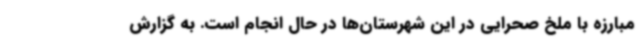
مبارزه با ملخ صحرایی در این شهرستان‌ها در حال انجام است. به گزارش